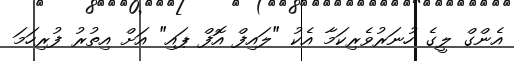
އެންގް ލީގެ ހުނަރުވެރިކަމާ އެކު "ލައިފް އޮފް ޕައި" އަށް އިތުރު ފުރިހަމަ